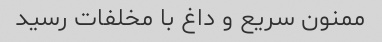
ممنون سریع و داغ با مخلفات رسید